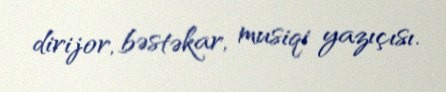
dirijor, bəstəkar, musiqi yazıçısı.